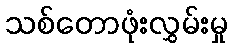
သစ်တောဖုံးလွှမ်းမှု